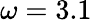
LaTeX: \omega=3.1